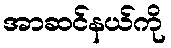
အာဆင်နယ်ကို